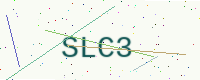
Text: SLC3